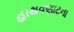
હાથવણાટના